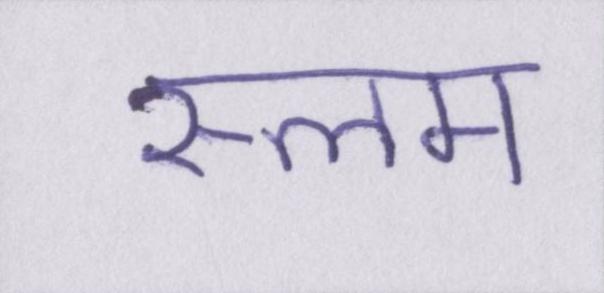
स्लम